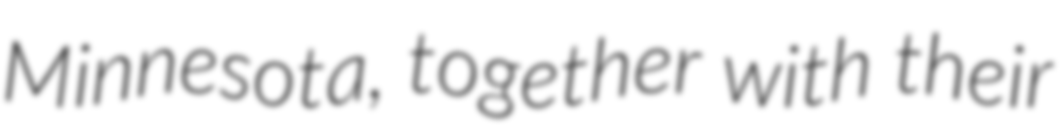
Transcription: Minnesota, together with their